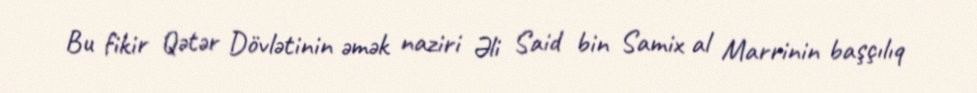
Bu fikir Qətər Dövlətinin əmək naziri Əli Said bin Samix al Marrinin başçılıq